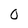
Character: O